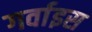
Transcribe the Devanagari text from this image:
गर्वाइस